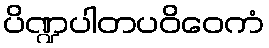
ပိဏ္ဍပါတပဝိဝေကံ